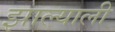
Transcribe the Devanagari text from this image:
झाल्याली